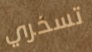
تسخري